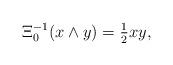
LaTeX: \begin{align*}\Xi^{-1}_0(x\wedge y)=\tfrac12 xy,\end{align*}